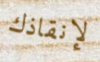
لإنقاذك